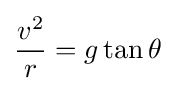
{v^{2} \over r}={g\tan \theta }